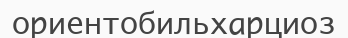
ориентобильхарциоз